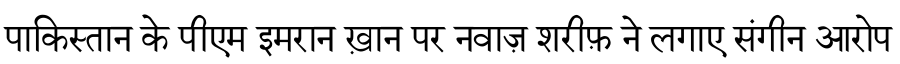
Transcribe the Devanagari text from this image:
पाकिस्तान के पीएम इमरान ख़ान पर नवाज़ शरीफ़ ने लगाए संगीन आरोप